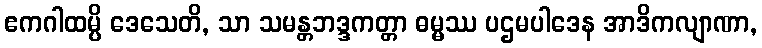
ဧကဂါထမ္ပိ ဒေသေတိ, သာ သမန္တဘဒ္ဒကတ္တာ ဓမ္မဿ ပဌမပါဒေန အာဒိကလျာဏာ,